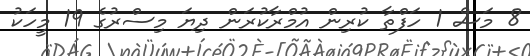
8 މަސް 1 ހަފްތާ ކުރިން އުމްރާކުރަން ދިޔަ މިސްރުގެ 19 މީހަކު